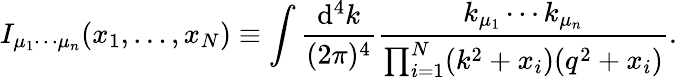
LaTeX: I_{\mu_{1}\cdots\mu_{n}}(x_{1},\ldots,x_{N})\equiv\int\frac{\mathrm{d}^{4}k}{(2\pi)^{4}}\frac{k_{\mu_{1}}\cdots k_{\mu_{n}}}{\prod_{i=1}^{N}(k^{2}+x_{i})(q^{2}+x_{i})}.